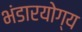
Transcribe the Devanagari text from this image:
भंडारयोग्य